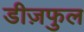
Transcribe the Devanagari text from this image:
डीज़फुल